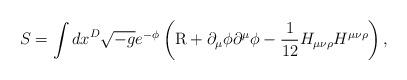
LaTeX: \begin{align*}S=\int {dx}^D\sqrt{-g} e^{-\phi}\left({\rm R}+ \partial_ \mu \phi\partial^\mu \phi -\frac{1}{12}H_{\mu\nu\rho}H^{\mu\nu\rho}\right), \end{align*}